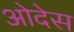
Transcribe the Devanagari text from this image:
ओदेस